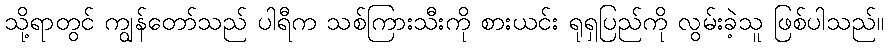
သို့ရာတွင် ကျွန်တော်သည် ပါရီက သစ်ကြားသီးကို စားယင်း ရုရှပြည်ကို လွမ်းခဲ့သူ ဖြစ်ပါသည်။